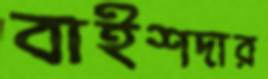
বাইশদার